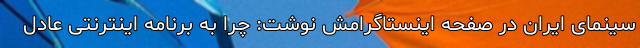
سینمای ایران در صفحه اینستاگرامش نوشت: چرا به برنامه اینترنتی عادل